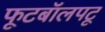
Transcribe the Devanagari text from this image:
फूटबॉलपटू